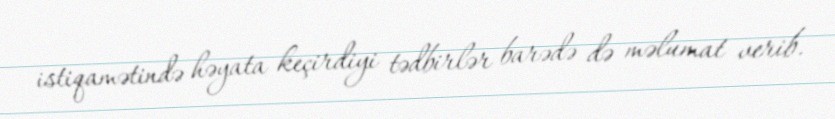
istiqamətində həyata keçirdiyi tədbirlər barədə də məlumat verib.